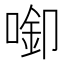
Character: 𱓵